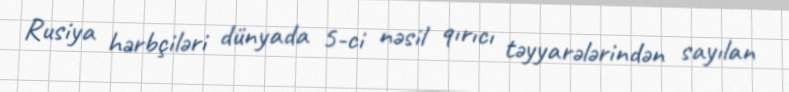
Rusiya hərbçiləri dünyada 5-ci nəsil qırıcı təyyarələrindən sayılan